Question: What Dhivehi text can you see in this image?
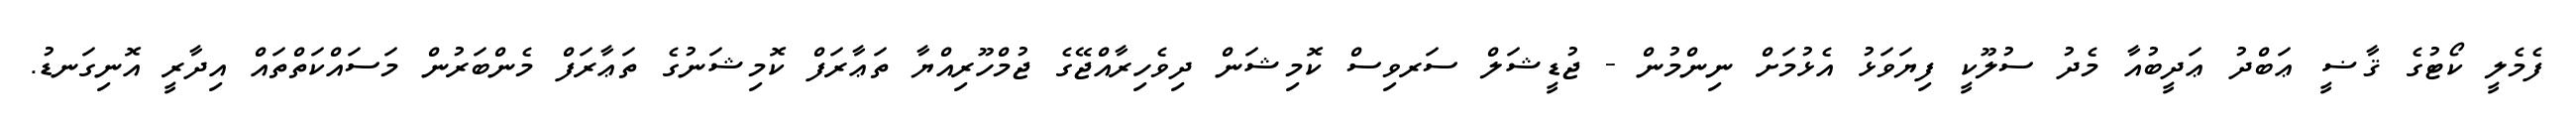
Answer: ފެމެލީ ކޯޓުގެ ޤާޟީ ޢަބްދު ޢަދީބުއާ މެދު ސުލޫކީ ފިޔަވަޅު އެޅުމަށް ނިންމުން - ޖުޑީޝަލް ސަރވިސް ކޮމިޝަން ދިވެހިރާއްޖޭގެ ޖުމްހޫރިއްޔާ ތަޢާރަފް ކޮމިޝަނުގެ ތަޢާރަފް މެންބަރުން މަސައްކަތްތައް އިދާރީ އޮނިގަނޑު.